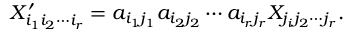
X _ { i _ { 1 } i _ { 2 } \cdots i _ { r } } ^ { \prime } = a _ { i _ { 1 } j _ { 1 } } a _ { i _ { 2 } j _ { 2 } } \cdots a _ { i _ { r } j _ { r } } X _ { j _ { i } j _ { 2 } \cdots j _ { r } } .